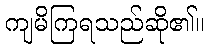
ကျမိကြရသည်ဆို၏။